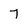
Character: 7